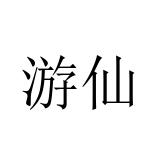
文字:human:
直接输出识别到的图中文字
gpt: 游仙